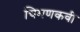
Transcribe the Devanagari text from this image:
चिमणकवी